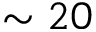
\sim 2 0